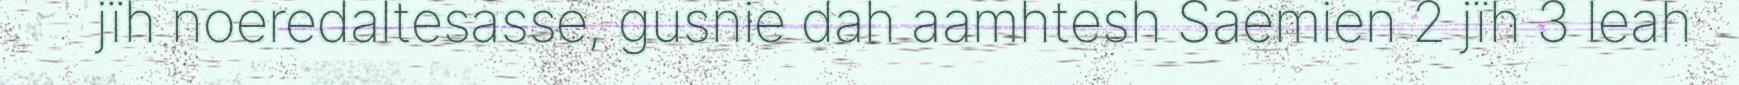
jïh noeredaltesasse, gusnie dah aamhtesh Saemien 2 jïh 3 leah